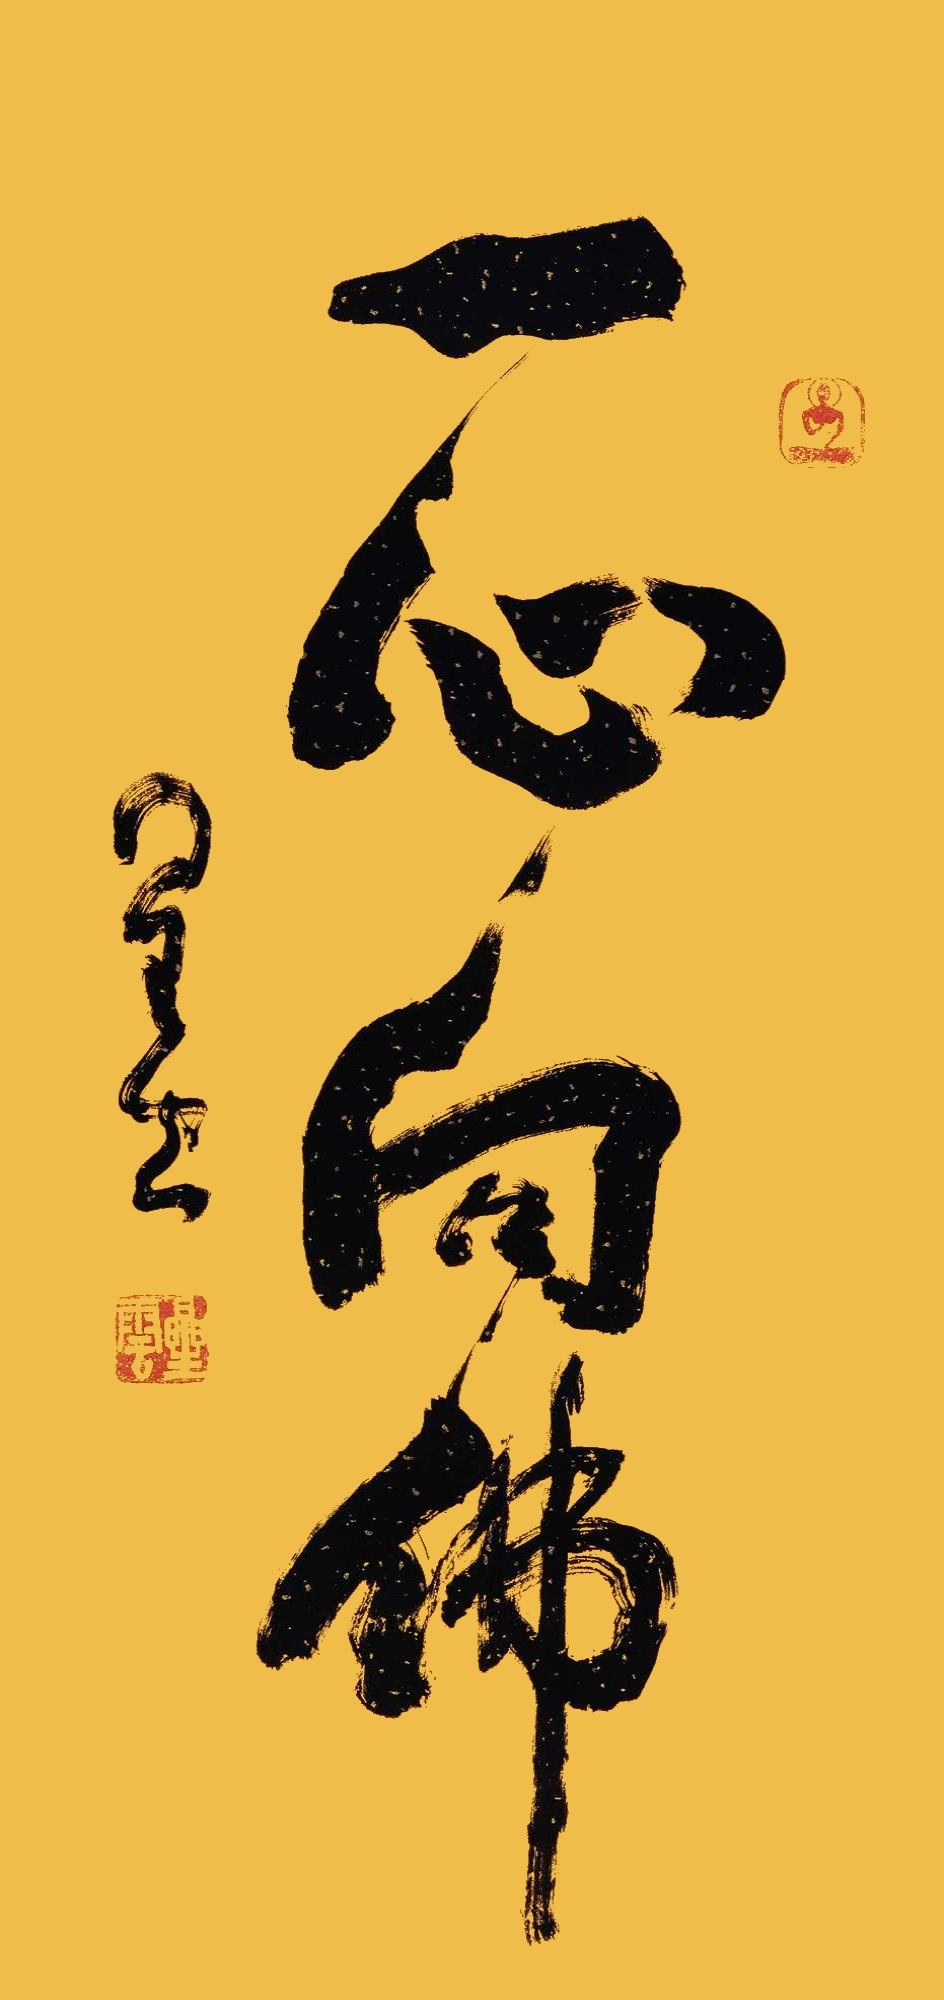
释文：一心向佛，星云。